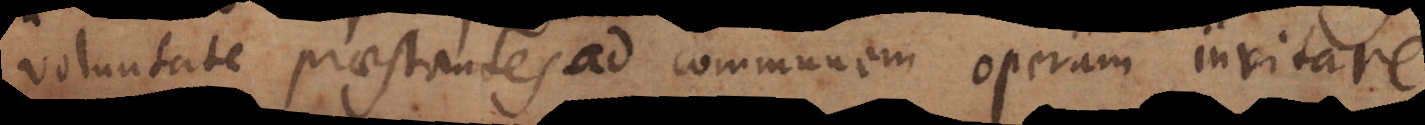
voluntate praestantes ad communem operam invitare